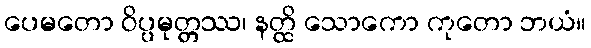
ပေမတော ဝိပ္ပမုတ္တဿ၊ နတ္ထိ သောကော ကုတော ဘယံ။